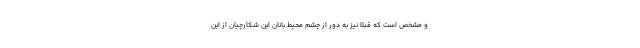
و مشخص است که قبلا نیز به دور از چشم محیط بانان این شکارچیان از این